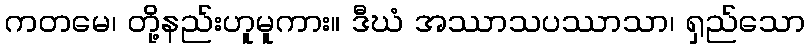
ကတမေ၊ တို့နည်းဟူမူကား။ ဒီဃံ အဿာသပဿာသာ၊ ရှည်သော